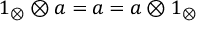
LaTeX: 1 _ { \otimes } \otimes a = a = a \otimes 1 _ { \otimes }